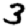
Digit: 3